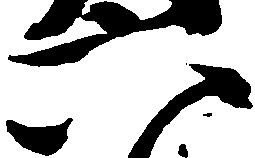
六